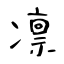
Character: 凛